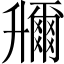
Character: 𠧌